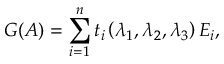
\boldsymbol { G } ( \boldsymbol { A } ) = \sum _ { i = 1 } ^ { n } t _ { i } \left( \lambda _ { 1 } , \lambda _ { 2 } , \lambda _ { 3 } \right) \boldsymbol { E } _ { i } ,